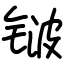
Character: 𬭛